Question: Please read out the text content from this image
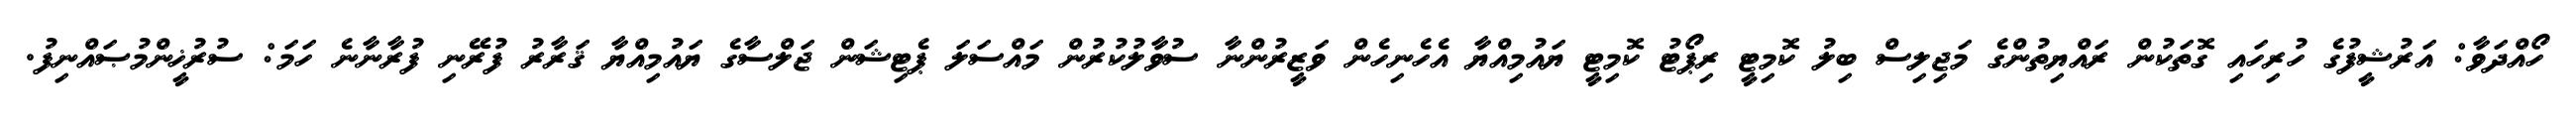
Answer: ހޯއްދަވާ: އަރުޝީފުގެ ހުރިހައި ގޮތަކުން ރައްޔިތުންގެ މަޖިލިސް ބިލު ކޮމިޓީ ރިޕޯޓު ކޮމިޓީ ޔައުމިއްޔާ އެހެނިހެން ވަޒީރުންނާ ސުވާލުކުރުން މައްސަލަ ޕެޓިޝަން ޖަލްސާގެ ޔައުމިއްޔާ ޤަރާރު ފުރޭނި ފުރާނާނެ ހަމަ: ސުރުޚީންމުޞައްނިފު.